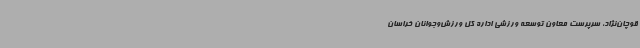
قوچان‌نژاد، سرپرست معاون توسعه ورزشی اداره کل ورزش‌وجوانان خراسان